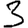
Digit: 3